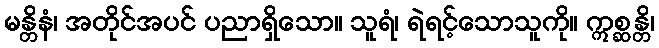
မန္တိနံ၊ အတိုင်အပင် ပညာရှိသော။ သူရံ၊ ရဲရင့်သောသူကို။ ဣစ္ဆန္တိ၊